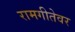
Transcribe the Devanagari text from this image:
रामगीतेवर